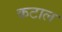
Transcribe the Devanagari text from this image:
कटाल